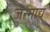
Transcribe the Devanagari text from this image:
जन्माद्य